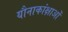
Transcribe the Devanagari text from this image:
यौनाकांक्षाओं